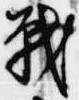
戦